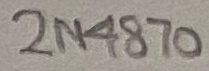
Text: 2N4870